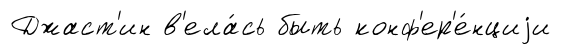
Джаст'ин в'ела́сь быть конф'ер'е́нциjи